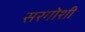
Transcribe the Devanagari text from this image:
सरगोशी